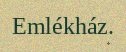
Emlékház.